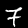
Label: 7